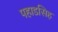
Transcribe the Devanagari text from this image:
पहाडसिह